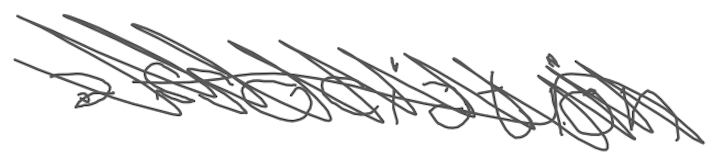
Text: association
Cross-out: mix
Writing tool: digital_gray